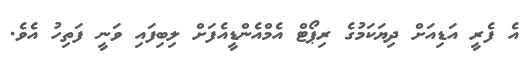
އެ ފެރީ އަޑިއަށް ދިޔަކަމުގެ ރިޕޯޓް އެމްއެންޑީއެފަށް ލިބިފައި ވަނީ ފަތިހު އެވެ.